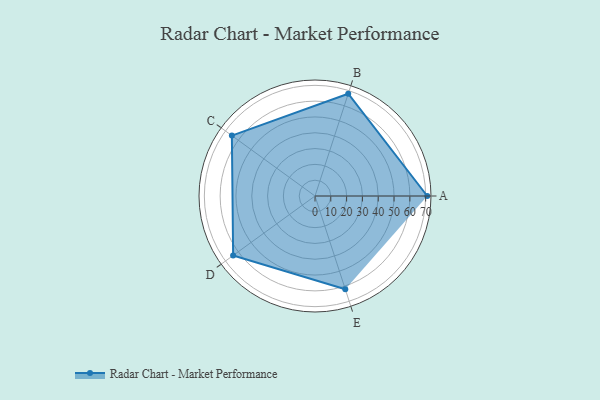
{"axis": {"x": "Skill", "y": "Score"}, "legend": ["Profile"], "data": [{"x": "A", "y": 71.0, "type": "Profile"}, {"x": "B", "y": 68.0, "type": "Profile"}, {"x": "C", "y": 65.0, "type": "Profile"}, {"x": "D", "y": 64.0, "type": "Profile"}, {"x": "E", "y": 62.0, "type": "Profile"}]}